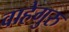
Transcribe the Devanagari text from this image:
वाहेगुरु